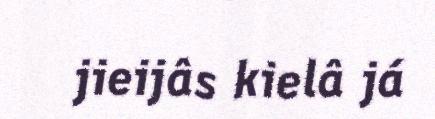
jieijâs kielâ já